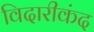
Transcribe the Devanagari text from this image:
विदारीकंद